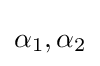
\alpha _{1},\alpha _{2}